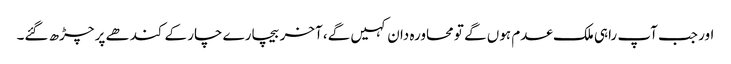
اور جب آپ راہی ملک عدم ہوں گے تو محاورہ دان کہیں گے، آخر بیچارے چار کے کندھے پر چڑھ گئے۔